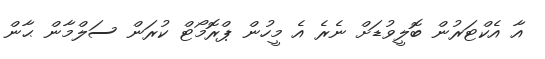
އާ އެކްޓަރުން ބޮލީވުޑަށް ނެރެ އެ މީހުން ޕްރޮމޯޓް ކުރަން ސަލްމާން ޙާން